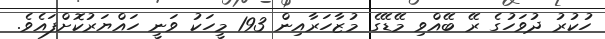
ހުކުރު ދުވަހުގެ ރޭ ބޭއްވި މޭޑޭގެ މުޒާހަރާއިން 193 މީހަކު ވަނީ ހައްޔަރުކޮށްފައެވެ.